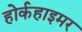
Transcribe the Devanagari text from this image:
होर्कहाइमर